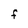
Character: F